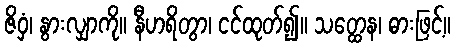
ဇိဝှံ၊ နွားလျှာကို။ နီဟရိတွာ၊ ငင်ထုတ်၍။ သတ္ထေန၊ ဓားဖြင့်။